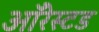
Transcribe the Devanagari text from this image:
ऑरेस्टड